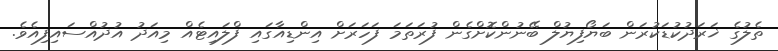
ތެލުގެ ޚަރަދުކުޑަކުރަން ބަޔޯފިޔުލް ބޭނުންކޮށްގެން ފުރަތަމަ ފަހަރަށް އިންޑިއާގައި ފްލައިޓެއް މިއަދު އުދުއްސައިފިއެވެ.